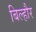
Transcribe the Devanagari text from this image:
बिल्‍हौर